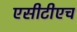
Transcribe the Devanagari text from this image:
एसीटीएच